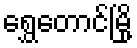
ရွှေတောင်မြို့